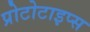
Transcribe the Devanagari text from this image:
प्रोटोटाइप्स